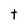
Character: t